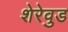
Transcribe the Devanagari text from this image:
शेरेवुड